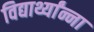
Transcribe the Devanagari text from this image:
विद्यार्थ्यांन्ना